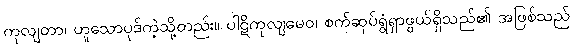
ကုလျတာ၊ ဟူသောပုဒ်ကဲ့သို့တည်း။ ပါဋိကုလျမေဝ၊ စက်ဆုပ်ရွံရှာဖွယ်ရှိသည်၏ အဖြစ်သည်